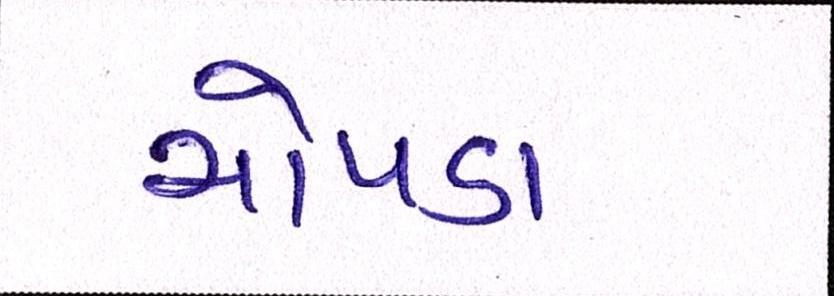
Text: ચોપડા